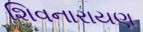
શિવનારાયણ